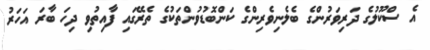
އެ ސްކޫލުގެ ދަރިވަރުންގެ ބެލެނިވެރިންގެ ކަންބޮޑުވުންތަކުގެ ތެރޭގައި ފާއިތުވި ދިހަ ބާރަ އަހަރު